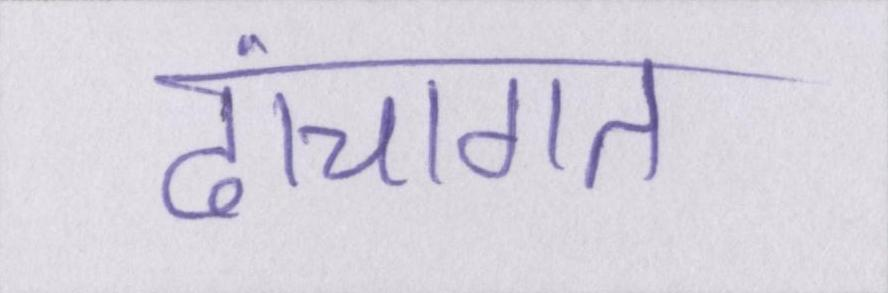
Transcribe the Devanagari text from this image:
ढांचागत